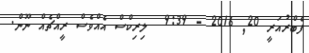
ފެބްރުއަރީ 20